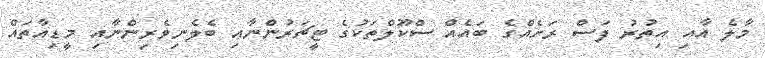
މާލެ އާއި އިތުުރު ފަސް ރަށެއްގެ ބައެއް ސްކޫލްތަކުގެ ޓީޗަރުންނާއި ބެލެނިވެރިންނާއި މީޑިއާތައް